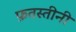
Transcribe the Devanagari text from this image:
फ़तस्तीनी